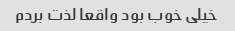
خیلی خوب بود واقعا لذت بردم